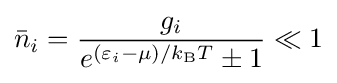
{\bar {n}}_{i}={\frac {g_{i}}{e^{(\varepsilon _{i}-\mu )/k_{\text{B}}T}\pm 1}}\ll 1